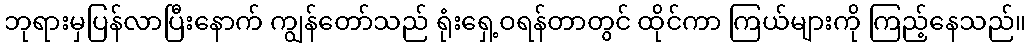
ဘုရားမှပြန်လာပြီးနောက် ကျွန်တော်သည် ရုံးရှေ့ဝရန်တာတွင် ထိုင်ကာ ကြယ်များကို ကြည့်နေသည်။